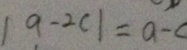
\vert a - 2 c \vert = a - c